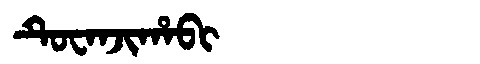
Manchu: ᡨᡠᠸᠠᠨᠵᡳᡥᠠᠪᡳ
Romanization: TUWANJIHABI